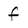
Character: f